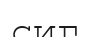
сиг